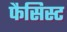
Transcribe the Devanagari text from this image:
फैसिस्ट